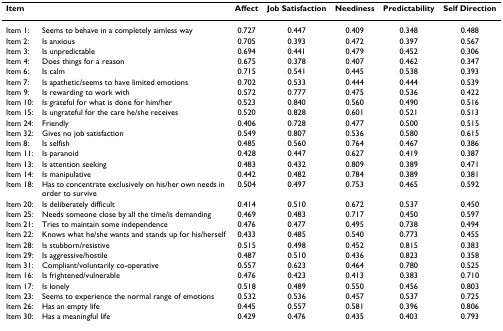
<table><thead><tr><td><b>Item</b></td><td></td><td><b>Affect</b></td><td><b>Job Satisfaction</b></td><td><b>Neediness</b></td><td><b>Predictability</b></td><td><b>Self Direction</b></td></tr></thead><tbody><tr><td>Item 1:</td><td>Seems to behave in a completely aimless way</td><td>0.727</td><td>0.447</td><td>0.409</td><td>0.348</td><td>0.488</td></tr><tr><td>Item 2:</td><td>Is anxious</td><td>0.705</td><td>0.393</td><td>0.472</td><td>0.397</td><td>0.567</td></tr><tr><td>Item 3:</td><td>Is unpredictable</td><td>0.694</td><td>0.441</td><td>0.479</td><td>0.452</td><td>0.306</td></tr><tr><td>Item 4:</td><td>Does things for a reason</td><td>0.675</td><td>0.378</td><td>0.407</td><td>0.462</td><td>0.347</td></tr><tr><td>Item 6:</td><td>Is calm</td><td>0.715</td><td>0.541</td><td>0.445</td><td>0.538</td><td>0.393</td></tr><tr><td>Item 7:</td><td>Is apathetic/seems to have limited emotions</td><td>0.702</td><td>0.533</td><td>0.444</td><td>0.444</td><td>0.539</td></tr><tr><td>Item 9:</td><td>Is rewarding to work with</td><td>0.572</td><td>0.777</td><td>0.475</td><td>0.536</td><td>0.422</td></tr><tr><td>Item 10:</td><td>Is grateful for what is done for him/her</td><td>0.523</td><td>0.840</td><td>0.560</td><td>0.490</td><td>0.516</td></tr><tr><td>Item 15:</td><td>Is ungrateful for the care he/she receives</td><td>0.520</td><td>0.828</td><td>0.601</td><td>0.521</td><td>0.513</td></tr><tr><td>Item 24:</td><td>Friendly</td><td>0.406</td><td>0.728</td><td>0.477</td><td>0.500</td><td>0.515</td></tr><tr><td>Item 32:</td><td>Gives no job satisfaction</td><td>0.549</td><td>0.807</td><td>0.536</td><td>0.580</td><td>0.615</td></tr><tr><td>Item 8:</td><td>Is selfish</td><td>0.485</td><td>0.560</td><td>0.764</td><td>0.467</td><td>0.386</td></tr><tr><td>Item 11:</td><td>Is paranoid</td><td>0.428</td><td>0.447</td><td>0.627</td><td>0.419</td><td>0.387</td></tr><tr><td>Item 13:</td><td>Is attention seeking</td><td>0.483</td><td>0.432</td><td>0.809</td><td>0.389</td><td>0.471</td></tr><tr><td>Item 14:</td><td>Is manipulative</td><td>0.442</td><td>0.482</td><td>0.784</td><td>0.389</td><td>0.381</td></tr><tr><td>Item 18:</td><td>Has to concentrate exclusively on his/her own needs in order to survive</td><td>0.504</td><td>0.497</td><td>0.753</td><td>0.465</td><td>0.592</td></tr><tr><td>Item 20:</td><td>Is deliberately difficult</td><td>0.414</td><td>0.510</td><td>0.672</td><td>0.537</td><td>0.450</td></tr><tr><td>Item 25:</td><td>Needs someone close by all the time/is demanding</td><td>0.469</td><td>0.483</td><td>0.717</td><td>0.450</td><td>0.597</td></tr><tr><td>Item 21:</td><td>Tries to maintain some independence</td><td>0.476</td><td>0.477</td><td>0.495</td><td>0.738</td><td>0.494</td></tr><tr><td>Item 22:</td><td>Knows what he/she wants and stands up for his/herself</td><td>0.433</td><td>0.485</td><td>0.540</td><td>0.773</td><td>0.455</td></tr><tr><td>Item 28:</td><td>Is stubborn/resistive</td><td>0.515</td><td>0.498</td><td>0.452</td><td>0.815</td><td>0.383</td></tr><tr><td>Item 29:</td><td>Is aggressive/hostile</td><td>0.487</td><td>0.510</td><td>0.436</td><td>0.823</td><td>0.358</td></tr><tr><td>Item 31:</td><td>Compliant/voluntarily co-operative</td><td>0.557</td><td>0.623</td><td>0.464</td><td>0.780</td><td>0.525</td></tr><tr><td>Item 16:</td><td>Is frightened/vulnerable</td><td>0.476</td><td>0.423</td><td>0.413</td><td>0.383</td><td>0.710</td></tr><tr><td>Item 17:</td><td>Is lonely</td><td>0.518</td><td>0.489</td><td>0.550</td><td>0.456</td><td>0.803</td></tr><tr><td>Item 23:</td><td>Seems to experience the normal range of emotions</td><td>0.532</td><td>0.536</td><td>0.457</td><td>0.537</td><td>0.725</td></tr><tr><td>Item 26:</td><td>Has an empty life</td><td>0.445</td><td>0.557</td><td>0.581</td><td>0.396</td><td>0.806</td></tr><tr><td>Item 30:</td><td>Has a meaningful life</td><td>0.429</td><td>0.476</td><td>0.435</td><td>0.403</td><td>0.793</td></tr></tbody></table>